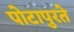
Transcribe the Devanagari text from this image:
पोटापुरते